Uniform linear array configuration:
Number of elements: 16
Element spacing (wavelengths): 1
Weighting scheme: hamming
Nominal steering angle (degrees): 60
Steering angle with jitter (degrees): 58.552
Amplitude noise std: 0.05
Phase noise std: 0.05

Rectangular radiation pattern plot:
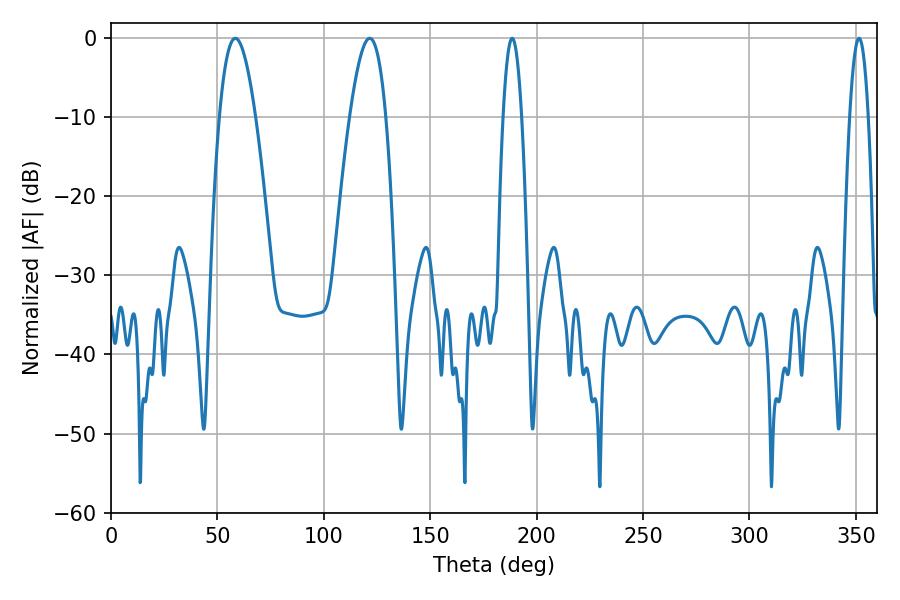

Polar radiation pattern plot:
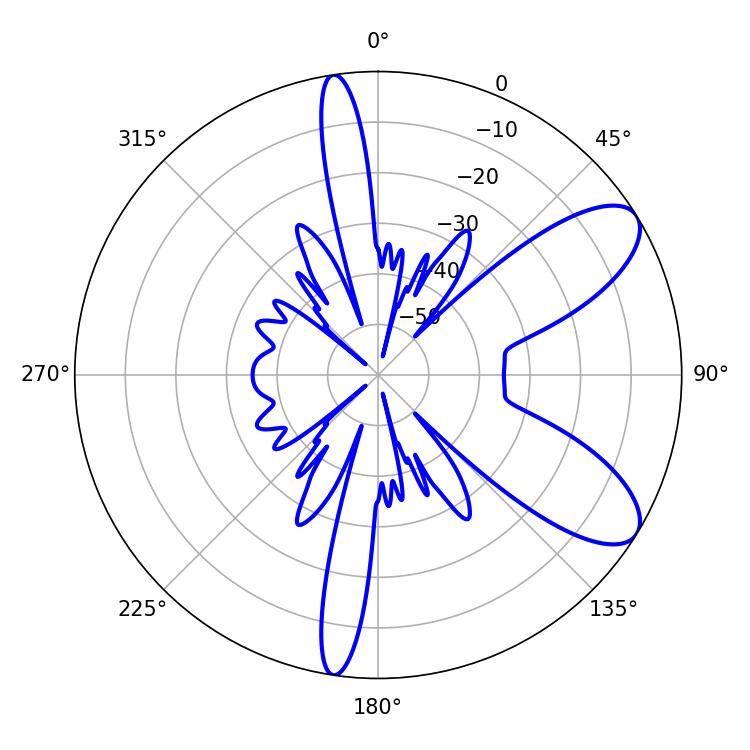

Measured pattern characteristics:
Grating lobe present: TRUE
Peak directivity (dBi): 8.665
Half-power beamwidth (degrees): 9.18
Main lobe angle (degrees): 58.5